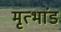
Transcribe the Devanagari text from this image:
मृत्भांड